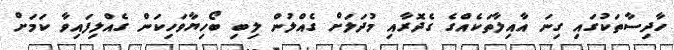
ހާދިސާތަކުގައި ގިނަ އާއިލާތަކެއްގެ ގެދޮރާއި މުދަލަށް ގެއްލުން ލިބި ބޯހިޔާވަހިކަން ގެއްލިފައިވާ ކަމަށް